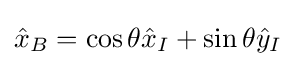
{\hat {x}}_{B}=\cos \theta {\hat {x}}_{I}+\sin \theta {\hat {y}}_{I}